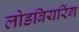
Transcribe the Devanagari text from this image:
लोडबियरिंग